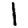
Digit: 1